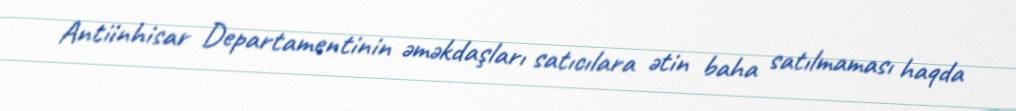
Antiinhisar Departamentinin əməkdaşları satıcılara ətin baha satılmaması haqda